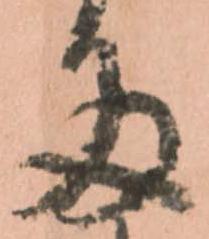
多